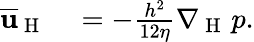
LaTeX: \begin{array}{rl}{\overline{{\mathbf{u}}}_{\mathrm{~H~}}}&{{}=-\frac{h^{2}}{12\eta}\nabla_{\mathrm{~H~}}\, p.}\end{array}